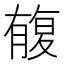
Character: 㬼